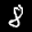
Label: 8